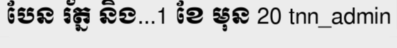
បែន រ័ត្ន និង...1 ខែ មុន 20 tnn_admin